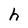
Character: h